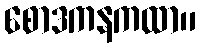
စောဒကနကထာ။